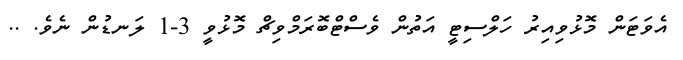
އެވަޓަން މޮޅުވިއިރު ހަލްސިޓީ އަތުން ވެސްޓްބޮރަމްވިޗް މޮޅުވީ 3-1 ލަނޑުން ނެވެ. ..